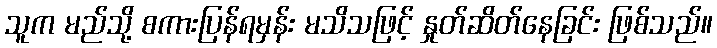
သူက မည်သို့ စကားပြန်ရမှန်း မသိသဖြင့် နှုတ်ဆိတ်နေခြင်း ဖြစ်သည်။